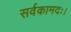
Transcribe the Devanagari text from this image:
सर्वकामदः।